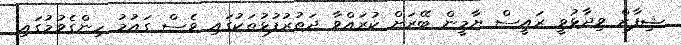
ޝިފާޒް ވިދާޅުވީ ރައީސް ޔާމީން ބޭރަށް ކުރައްވާ ދަތުރުފުޅުތަކުގައި ވެސް ގައުމު ހިންގެވުމުގައި